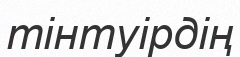
тінтуірдің